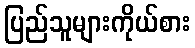
ပြည်သူများကိုယ်စား